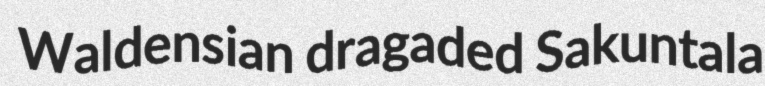
Waldensian dragaded Sakuntala